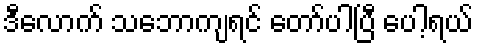
ဒီလောက် သဘောကျရင် တော်ပါပြီ ပေါ့ရယ်